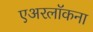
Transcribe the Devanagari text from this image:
एअरलॉकना